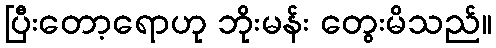
ပြီးတော့ရောဟု ဘိုးမန်း တွေးမိသည်။